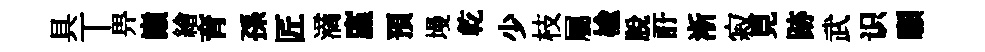
具丅畀巔繪育孫匠滴廑預墁乾少枝屬榆脱訏淅寂見跡武识願